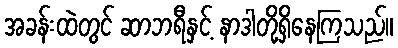
အခန်းထဲတွင် ဆာဘရီနှင့် နာဒါတို့ရှိနေကြသည်။